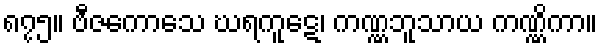
၈၇၅။ ဗီဇကောသေ ဃရကူဋေ၊ ကဏ္ဏဘူသာယ ကဏ္ဏိကာ။